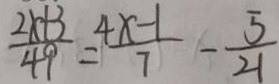
\frac { 2 x + 3 } { 4 9 } = \frac { 4 x - 1 } { 7 } - \frac { 5 } { 2 1 }